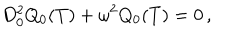
LaTeX: D _ { 0 } ^ { 2 } Q _ { 0 } ( T ) + \omega ^ { 2 } Q _ { 0 } ( T ) = 0 \, ,